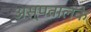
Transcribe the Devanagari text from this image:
अस्पतालके